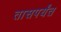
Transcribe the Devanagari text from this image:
तासपर्यंत